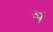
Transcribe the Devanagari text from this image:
ञं